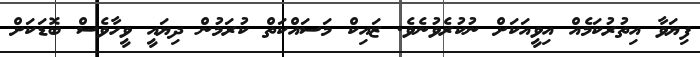
ފިޔަވާ އިތުރުކަމެއް އިވީއަކަށް ނުކުރެވުނެވެ. ޒައިކް މަސައްކަތް ކުރަމުން ދިޔައީ ވީހާވެސް ބޮޑަކަށް